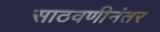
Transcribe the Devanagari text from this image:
साठवणीनंतर